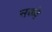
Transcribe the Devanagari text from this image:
नब्भे